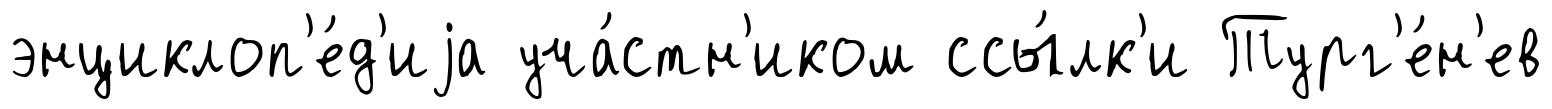
энциклоп'е́д'иjа уча́стн'иком ссы́лк'и Тург'е́н'ев